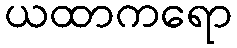
ယထာကရော